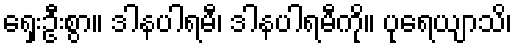
ရှေးဦးစွာ။ ဒါနပါရမီ၊ ဒါနပါရမီကို။ ပုရေယျာသိ၊